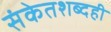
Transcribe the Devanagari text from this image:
संकेतशब्दही